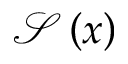
\mathcal S \left( x \right)